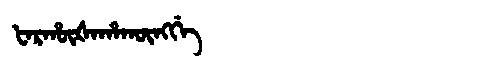
Manchu: ᡶᠠᡵᡥᡡᡧᠠᡥᠠᡴᡡᠩᡤᡝ
Romanization: FARHŪŠAHAKŪNGGE